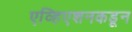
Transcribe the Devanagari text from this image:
एव्हिएशनकडून